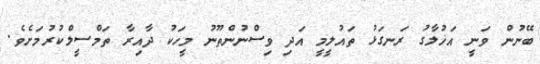
ބޭނުން ވަނީ އަޚުލާގު ރަނގަޅު ތައުލީމީ އަދި ވިސްނުންތޫނު މީހަކު ދާއިރާ ތަމްސީލްކުރުމަށެވެ.